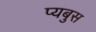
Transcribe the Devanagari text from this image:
प्यबुस